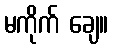
မကိုက် ချေ။